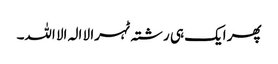
پھر ایک ہی رشتہ ٹہرا لا الہ الا اللہ۔